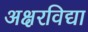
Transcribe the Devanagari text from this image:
अक्षरविद्या